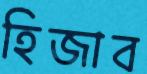
হিজাব